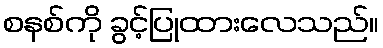
စနစ်ကို ခွင့်ပြုထားလေသည်။